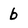
Character: b